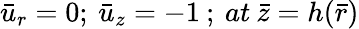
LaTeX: {\bar{u}}_{r}=0;{\: }{\bar{u}}_{z}=-1{\: };{\: }at{\: }\bar{z}=h(\bar{r})